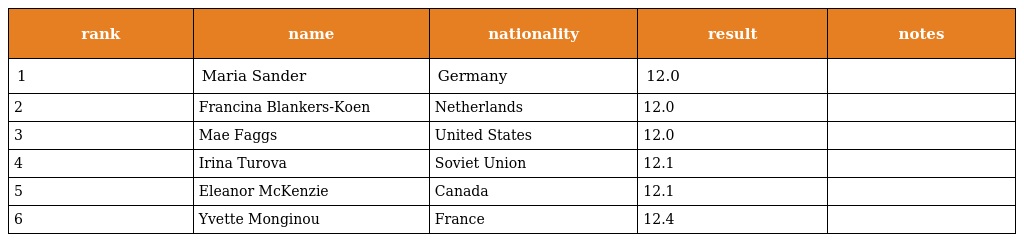
| rank | name | nationality | result | notes |
 | --- | --- | --- | --- | --- |
 | 1 | Maria Sander | Germany | 12.0 |  |
 | 2 | Francina Blankers-Koen | Netherlands | 12.0 |  |
 | 3 | Mae Faggs | United States | 12.0 |  |
 | 4 | Irina Turova | Soviet Union | 12.1 |  |
 | 5 | Eleanor McKenzie | Canada | 12.1 |  |
 | 6 | Yvette Monginou | France | 12.4 |  |